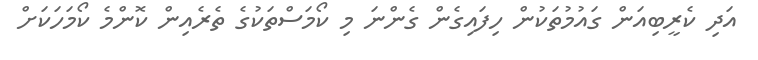
އަދި ކެރީބިއަން ގައުމުތަކުން ހިފައިގެން ގެންނަ މި ކޯމަސްތަކުގެ ތެރެއިން ކޮންމެ ކޯމަހަކަށް